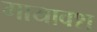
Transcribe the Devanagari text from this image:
मायावश